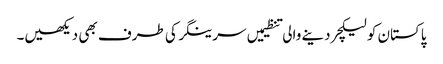
پاکستان کو لیکچر دینے والی تنظیمیں سرینگر کی طرف بھی دیکھیں۔